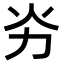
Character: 𠠽